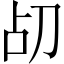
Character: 𪟂